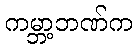
ကမ္ဘာ့ဘဏ်က